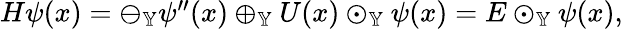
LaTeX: \begin{array}{r}{H\psi(x)=\ominus_{\mathbb{Y}}\psi^{\prime\prime}(x)\oplus_{\mathbb{Y}}U(x)\odot_{\mathbb{Y}}\psi(x)=E\odot_{\mathbb{Y}}\psi(x),}\end{array}